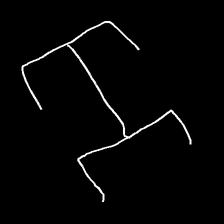
Glyph: entwine